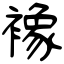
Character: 襐